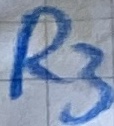
Text: R3